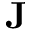
\ensuremath \mathbf { J }